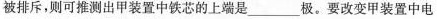
被排斥，则可推测出甲装置中铁芯的上端是_____极。要改变甲装置中电